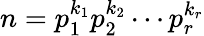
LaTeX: n=p_{1}^{k_{1}}p_{2}^{k_{2}}\cdots p_{r}^{k_{r}}